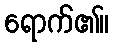
ရောက်၏။